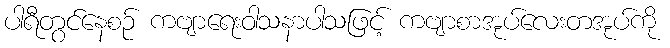
ပါရီတွင်နေစဉ် ကဗျာရေးဝါသနာပါသဖြင့် ကဗျာစာအုပ်လေးတအုပ်ကို